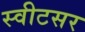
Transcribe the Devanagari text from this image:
स्वीटसर